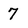
Character: 7